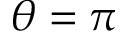
\theta = \pi